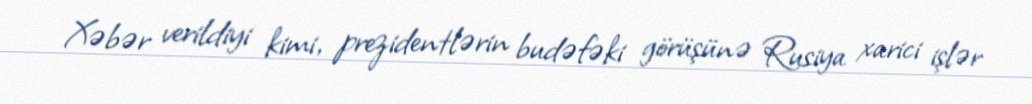
Xəbər verildiyi kimi, prezidentlərin budəfəki görüşünə Rusiya xarici işlər